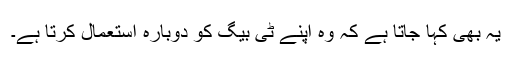
یہ بھی کہا جاتا ہے کہ وہ اپنے ٹی بیگ کو دوبارہ استعمال کرتا ہے۔